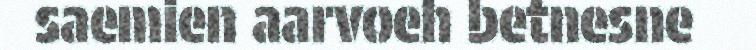
saemien aarvoeh betnesne